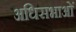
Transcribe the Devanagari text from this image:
अधिसभाओं